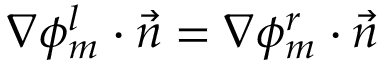
\nabla \phi _ { m } ^ { l } \cdot \vec { n } = \nabla \phi _ { m } ^ { r } \cdot \vec { n }